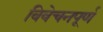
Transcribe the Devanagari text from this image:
विवेचनपूर्ण